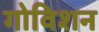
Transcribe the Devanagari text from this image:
गोविशन